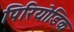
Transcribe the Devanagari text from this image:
पिरियोडिक